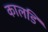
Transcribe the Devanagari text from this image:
कालडि